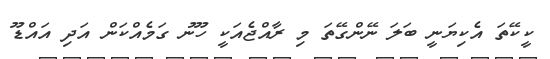
ކީކޭތަ އެކިޔަނީ ބަލަ ނޭންގޭތަ މި ރާއްޖެއަކީ ހޫނު ގަަމެއްކަން އަދި އައްޑޫ